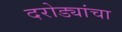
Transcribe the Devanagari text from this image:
दरोड्यांचा